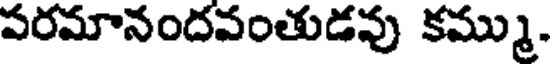
పరమానందవంతుడవు కమ్ము.